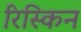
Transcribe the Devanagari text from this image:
रिस्किन